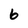
Character: 6